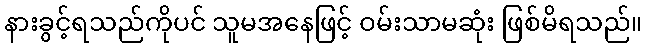
နားခွင့်ရသည်ကိုပင် သူမအနေဖြင့် ဝမ်းသာမဆုံး ဖြစ်မိရသည်။